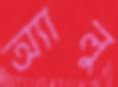
অ্যালু